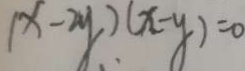
( x - 2 y ) ( x - y ) = 0